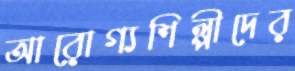
আরোগ্যশিল্পীদের